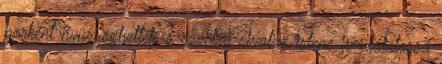
porként nyüzsöghettek, s ezzel a sivatag istene is utálatossá